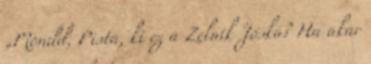
„Mondd, Pista, ki ez a Zelnik Jóska? Ha akar